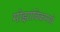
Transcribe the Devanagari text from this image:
मोझांबिकमध्ये